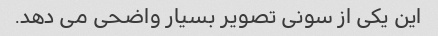
این یکی از سونی تصویر بسیار واضحی می دهد.